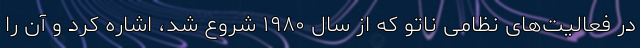
در فعالیت‌های نظامی ناتو که از سال ۱۹۸۰ شروع شد، اشاره کرد و آن را